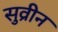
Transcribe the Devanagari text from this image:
सुव्रीन